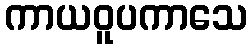
ကာယဝူပကာသေ